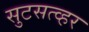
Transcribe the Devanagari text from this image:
सुटसत्व्हर